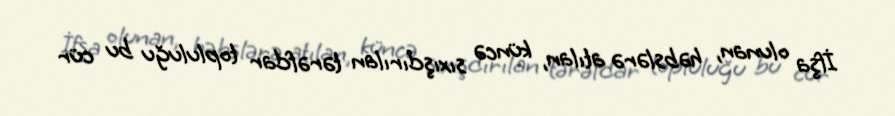
İfşa olunan, həbslərə atılan, küncə sıxışdırılan tərəfdar topluluğu bu cür